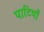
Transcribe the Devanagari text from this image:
पाटियाँ